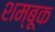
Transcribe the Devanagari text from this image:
शम्बूक